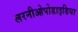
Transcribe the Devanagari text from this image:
लरनीओपोडाइडिया